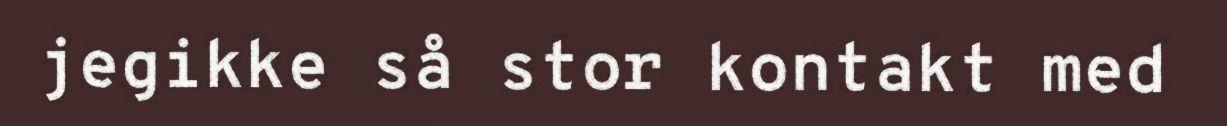
jegikke så stor kontakt med